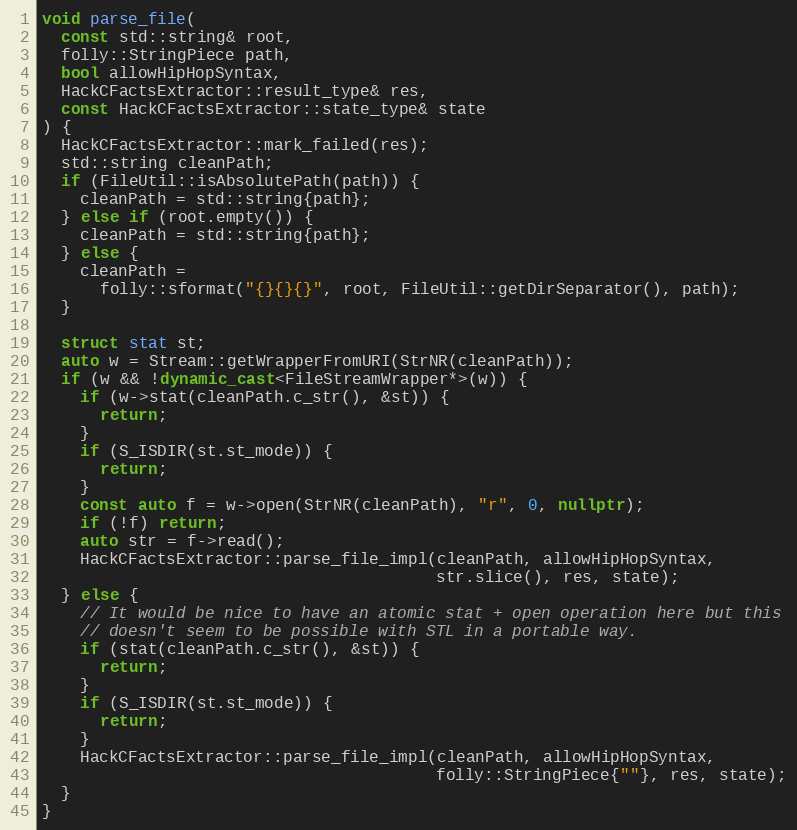
Language: C++
void parse_file(
  const std::string& root,
  folly::StringPiece path,
  bool allowHipHopSyntax,
  HackCFactsExtractor::result_type& res,
  const HackCFactsExtractor::state_type& state
) {
  HackCFactsExtractor::mark_failed(res);
  std::string cleanPath;
  if (FileUtil::isAbsolutePath(path)) {
    cleanPath = std::string{path};
  } else if (root.empty()) {
    cleanPath = std::string{path};
  } else {
    cleanPath =
      folly::sformat("{}{}{}", root, FileUtil::getDirSeparator(), path);
  }

  struct stat st;
  auto w = Stream::getWrapperFromURI(StrNR(cleanPath));
  if (w && !dynamic_cast<FileStreamWrapper*>(w)) {
    if (w->stat(cleanPath.c_str(), &st)) {
      return;
    }
    if (S_ISDIR(st.st_mode)) {
      return;
    }
    const auto f = w->open(StrNR(cleanPath), "r", 0, nullptr);
    if (!f) return;
    auto str = f->read();
    HackCFactsExtractor::parse_file_impl(cleanPath, allowHipHopSyntax,
                                         str.slice(), res, state);
  } else {
    // It would be nice to have an atomic stat + open operation here but this
    // doesn't seem to be possible with STL in a portable way.
    if (stat(cleanPath.c_str(), &st)) {
      return;
    }
    if (S_ISDIR(st.st_mode)) {
      return;
    }
    HackCFactsExtractor::parse_file_impl(cleanPath, allowHipHopSyntax,
                                         folly::StringPiece{""}, res, state);
  }
}